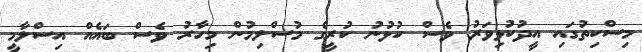
މިސްކިތުގައި އީދުކުޅިވަރު ވެސް ކުޅުނު ކުރީގެ މުސްލިމުން މިހާރު ވެސް ބައެއް އިސްލާމީ